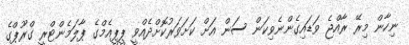
ނިހާން މިރޭ ރާއްޖެ ވަޑައިގެންނެވިކަން ސަން އަށް ކަށަވަރުކޮށްދެއްވީ ޕީޕީއެމްގެ ޕާލަމެންޓްރީ ގްރޫޕްގެ